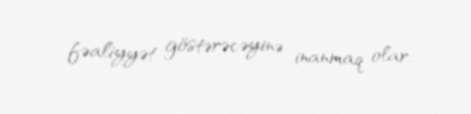
fəaliyyət göstərəcəyinə inanmaq olar.